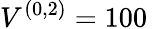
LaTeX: V^{(0,2)}=100\